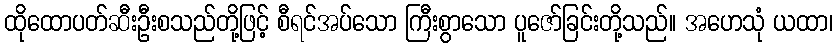
ထိုထောပတ်ဆီးဦးစသည်တို့ဖြင့် စီရင်အပ်သော ကြီးစွာသော ပူဇော်ခြင်းတို့သည်။ အဟေသုံ ယထာ၊